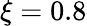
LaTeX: \xi=0.8